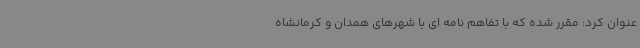
عنوان کرد: مقرر شده که با تفاهم نامه ای با شهرهای همدان و کرمانشاه